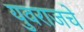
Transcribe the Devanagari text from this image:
युवराजचे